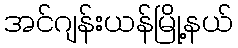
အင်ဂျန်းယန်မြို့နယ်